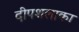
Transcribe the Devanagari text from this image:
दीपशलाका